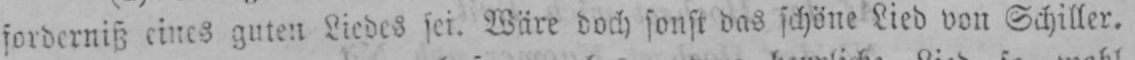
forderniß eines guten Liedes sei. Wäre doch sonst das schöne Lied von Schiller.